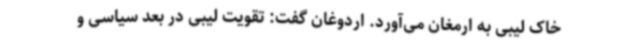
خاک لیبی به ارمغان می‌آورد. اردوغان گفت: تقویت لیبی در بعد سیاسی و